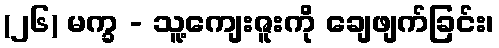
(၂၆) မက္ခ - သူ့ကျေးဇူးကို ချေဖျက်ခြင်း၊